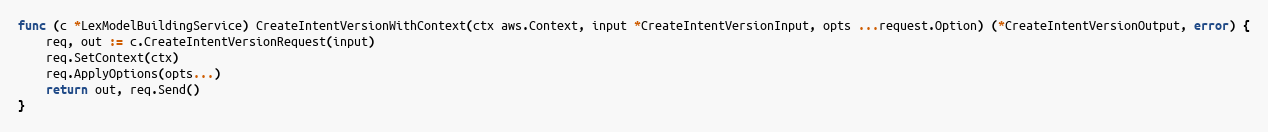
Language: Go
func (c *LexModelBuildingService) CreateIntentVersionWithContext(ctx aws.Context, input *CreateIntentVersionInput, opts ...request.Option) (*CreateIntentVersionOutput, error) {
	req, out := c.CreateIntentVersionRequest(input)
	req.SetContext(ctx)
	req.ApplyOptions(opts...)
	return out, req.Send()
}